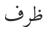
ظرف